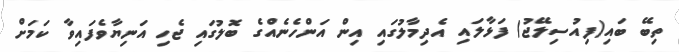
ތިބޭ ބައި(ފިއުސިލޭޖު) ފަޅާލައި އެދިމާލުގައި އިން އަންހެނެއްގެ ބޮލުގައި ޖެހި އަނިޔާވެފައިވާ ކަމަށް